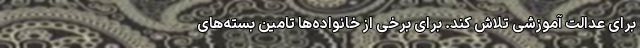
برای عدالت آموزشی تلاش کند. برای برخی از خانواده‌ها تامین بسته‌های